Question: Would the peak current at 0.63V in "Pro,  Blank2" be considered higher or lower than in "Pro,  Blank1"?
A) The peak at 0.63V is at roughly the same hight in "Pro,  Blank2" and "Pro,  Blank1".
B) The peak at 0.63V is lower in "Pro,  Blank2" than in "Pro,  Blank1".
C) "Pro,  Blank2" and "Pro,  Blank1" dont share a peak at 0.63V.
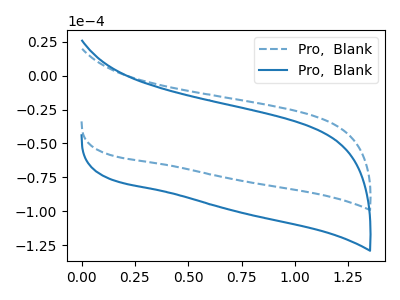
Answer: <think>The blue dashed curve "Pro,  Blank1" has no peaks. The blue curve "Pro,  Blank2" has no peaks.</think>
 <answer>C) "Pro,  Blank2" and "Pro,  Blank1" dont share a peak at 0.63V.</answer>
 <eval>C</eval>